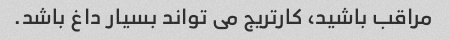
مراقب باشید، کارتریج می تواند بسیار داغ باشد.